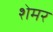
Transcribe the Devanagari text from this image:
शेमर